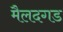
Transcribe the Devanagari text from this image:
मैलदगड